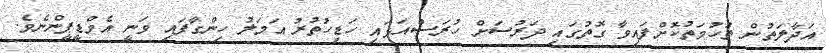
އަދާލަތުން ތުހުމަތުކޮށްފައިވާ ގޮތުގައި ދަރުސަށް ހުރަސްއަޅައި ހަޑިހުތުރު އަމަލު ހިންގާފައި ވަނީ އެމްޑީޕީންނެވެ.